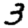
Digit: 3